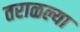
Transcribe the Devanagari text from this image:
तराळल्या